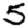
Digit: 5